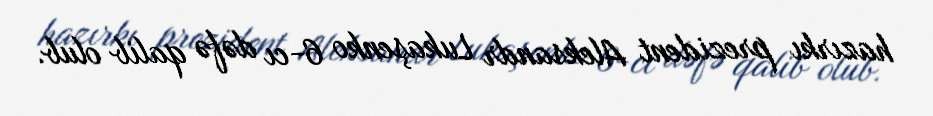
hazırkı prezident Aleksandr Lukaşenko 6-cı dəfə qalib olub.